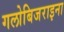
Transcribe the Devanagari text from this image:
गलोबिजराइना